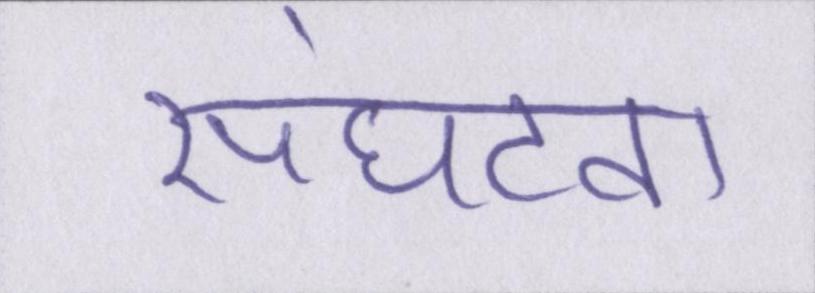
संघटना